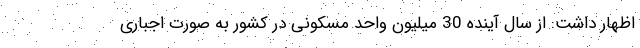
اظهار داشت: از سال آینده 30 میلیون واحد مسکونی در کشور به صورت اجباری